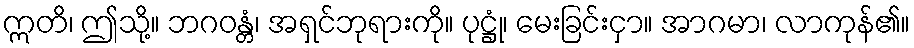
ဣတိ၊ ဤသို့။ ဘဂဝန္တံ၊ အရှင်ဘုရားကို။ ပုဋ္ဌုံ၊ မေးခြင်းငှာ။ အာဂမာ၊ လာကုန်၏။